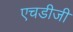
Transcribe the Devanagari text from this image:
एचडीजी